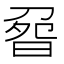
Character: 𠝽